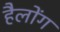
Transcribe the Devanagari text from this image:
हैलोंग